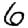
Digit: 6